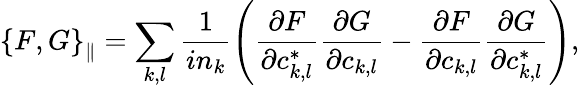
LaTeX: \left\{ F,G\right\} _{\parallel}=\sum_{k,l}{\frac{1}{in_{k}}\left(\frac{\partial F}{\partial c_{k,l}^{*}}\frac{\partial G}{\partial c_{k,l}}-\frac{\partial F}{\partial c_{k,l}}\frac{\partial G}{\partial c_{k,l}^{*}}\right)},